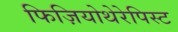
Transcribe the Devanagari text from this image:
फिज़ियोथेरेपिस्ट